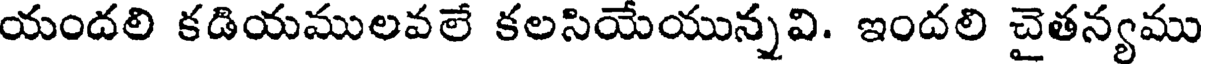
యందలి కడియములవలే కలసియేయున్నవి. ఇందలి చైతన్యము